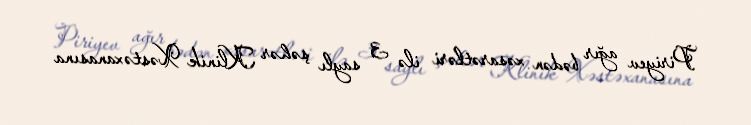
Piriyev ağır bədən xəsarətləri ilə 3 saylı şəhər Klinik Xəstəxanasına